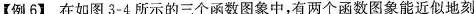
【例6】在如图3-4所示的三个函数图象中，有两个函数图象能近似地刻